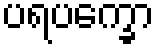
ပရပက္ခော